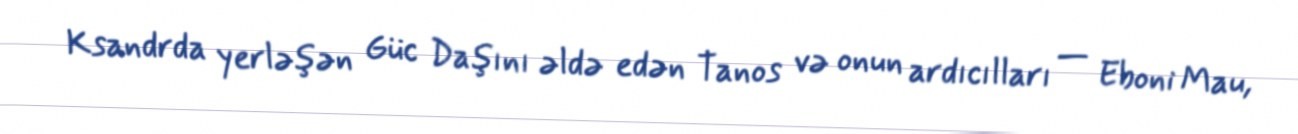
Ksandrda yerləşən Güc Daşını əldə edən Tanos və onun ardıcılları — Eboni Mau,